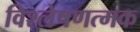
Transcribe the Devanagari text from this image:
विश्लेषणत्मक